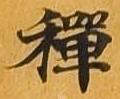
禅